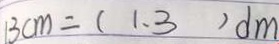
1 3 c m = ( 1 . 3 ) d m